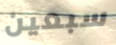
سبعين